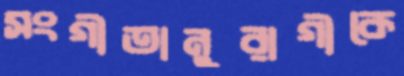
সংগীতানুরাগীকে